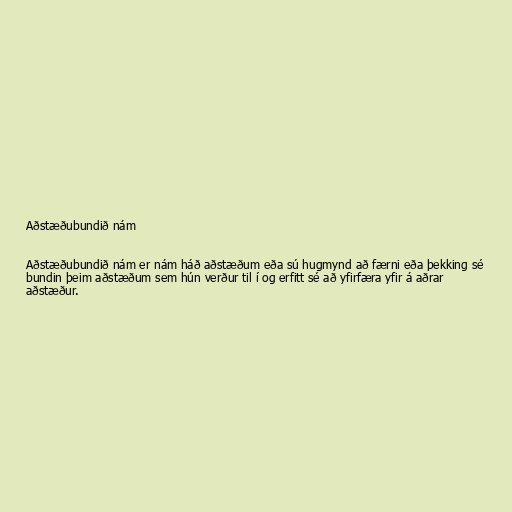
Aðstæðubundið nám

Aðstæðubundið nám er nám háð aðstæðum eða sú hugmynd að færni eða þekking sé
bundin þeim aðstæðum sem hún verður til í og erfitt sé að yfirfæra yfir á aðrar
aðstæður.